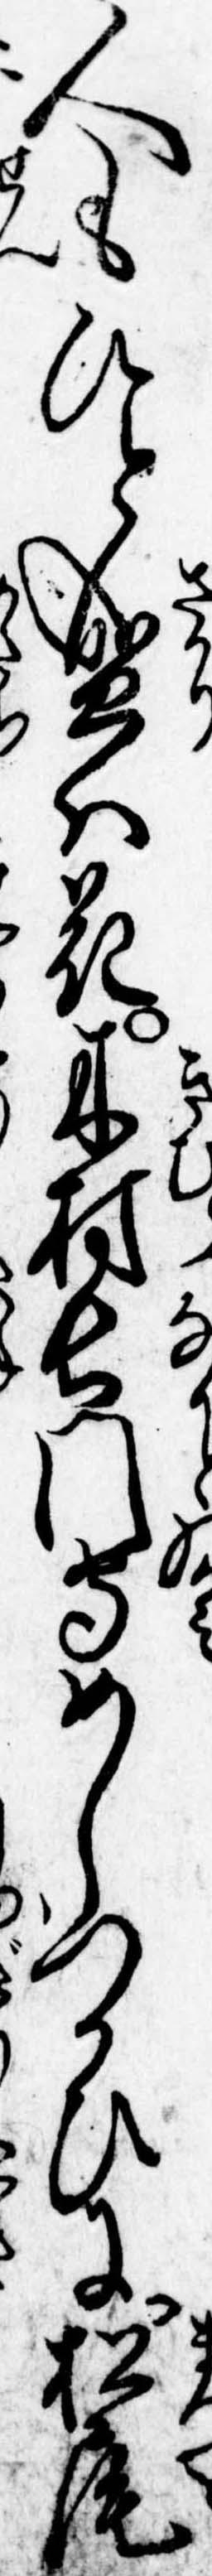
人もひと盛は花木村長門守めしつかひに松尾